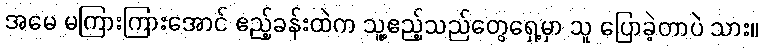
အမေ မကြားကြားအောင် ဧည့်ခန်းထဲက သူ့ဧည့်သည်တွေရှေ့မှာ သူ ပြောခဲ့တာပဲ သား။